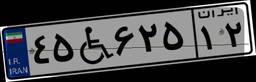
۴۵W۶۲۵۱۲